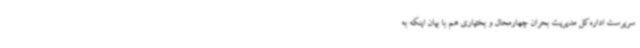
سرپرست اداره‌کل مدیریت بحران چهارمحال و بختیاری هم با بیان اینکه به